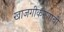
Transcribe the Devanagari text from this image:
खाजगीकरणाची